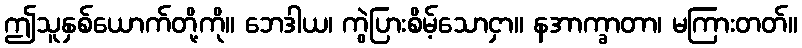
ဤသူနှစ်ယောက်တို့ကို။ ဘေဒါယ၊ ကွဲပြားစိမ့်သောငှာ။ နအာက္ခာတာ၊ မကြားတတ်။